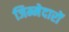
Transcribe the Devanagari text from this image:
जिम्मेदारों